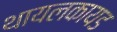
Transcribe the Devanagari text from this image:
थायलकायड